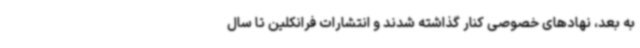
به بعد، نهادهای خصوصی کنار گذاشته شدند و انتشارات فرانکلین تا سال